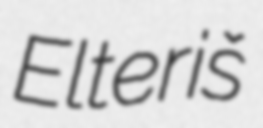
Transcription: Elteriš